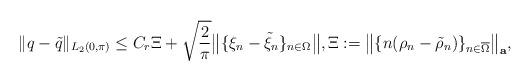
LaTeX: \begin{align*} \| q - \tilde q\|_{L_2(0, \pi)} \le C_r \Xi + \sqrt{\frac{2}{\pi}}\big\| \{\xi_n - \tilde \xi_n\}_{n \in \Omega}\big\|, \Xi := \big\| \{n(\rho_n - \tilde\rho_n)\}_{n \in \overline{\Omega}}\big\|_{\bf a},\end{align*}